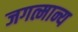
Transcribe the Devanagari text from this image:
जगत्मान्य